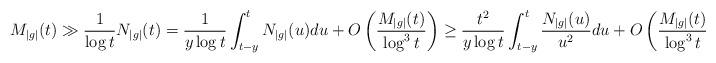
LaTeX: \begin{align*}M_{|g|}(t) \gg \frac{1}{\log t}N_{|g|}(t) = \frac{1}{y\log t}\int_{t-y}^{t} N_{|g|}(u) du +O\left(\frac{M_{|g|}(t)}{\log^3 t}\right)\geq \frac{t^2}{y\log t} \int_{t-y}^t \frac{N_{|g|}(u)}{u^2} du +O\left(\frac{M_{|g|}(t)}{\log^3 t}\right), \end{align*}